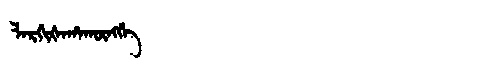
Manchu: ᠯᠠᡵᡤᡳᡧᠠᡥᠠᡴᡡᠩᡤᡝ
Romanization: LARGIŠAHAKŪNGGE